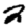
Digit: 2